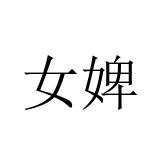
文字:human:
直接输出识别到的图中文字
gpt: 女婢